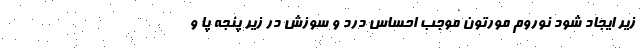
زیر ایجاد شود نوروم مورتون موجب احساس درد و سوزش در زیر پنجه پا و